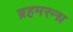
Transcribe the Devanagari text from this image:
ब्रहमरन्ध्र